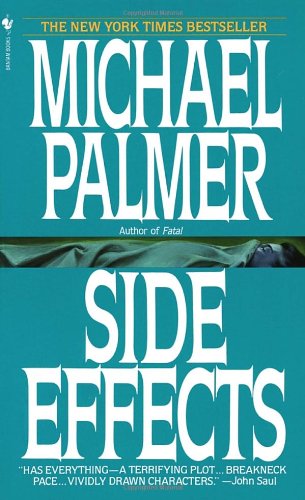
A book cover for Side Effects; Michael Palmer; Mystery, Thriller & Suspense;